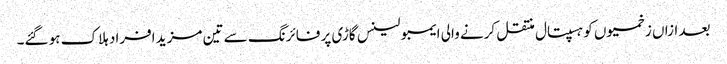
بعد ازاں زخمیوں کو ہسپتال منتقل کرنے والی ایمبولینس گاڑی پر فائرنگ سے تین مزید افراد ہلاک ہو گئے۔